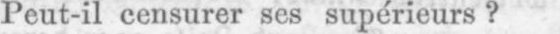
Peut-il censurer ses supérieurs?